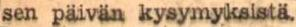
sen päivän kysymyksistä.